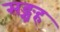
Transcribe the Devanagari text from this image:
सङ्ग्रह